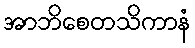
အာဘိစေတသိကာနံ